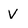
Character: V